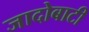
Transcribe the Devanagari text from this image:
जादोबाटी